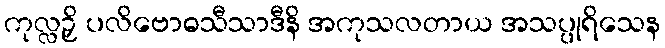
ကုလ္လဉှိ ပလိဗောဓသီသာဒီနိ အကုသလတာယ အသပ္ပုရိသေန